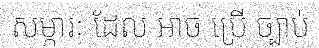
សម្ភារៈ ដែល អាច ប្រើ ច្បាប់